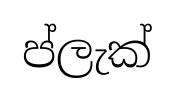
ප්ලැක්